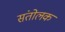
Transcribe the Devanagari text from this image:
संतोलक